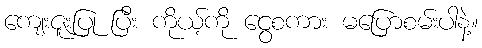
ကျေးဇူးပြု ပြီး ကိုယ့်ကို ငွေစကား မပြောစမ်းပါနဲ့။